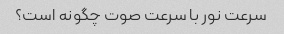
سرعت نور با سرعت صوت چگونه است؟